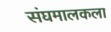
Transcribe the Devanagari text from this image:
संघमालकला